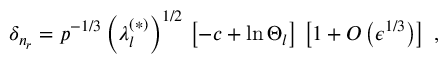
\delta _ { n _ { r } } = p ^ { - 1 / 3 } \left( \lambda _ { l } ^ { ( \ast ) } \right) ^ { 1 / 2 } \, \left[ - c + \ln \Theta _ { l } \right] \, \left[ 1 + O \left( \epsilon ^ { 1 / 3 } \right) \right] \; ,